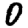
Digit: 0